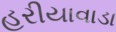
હરીયાવાડા